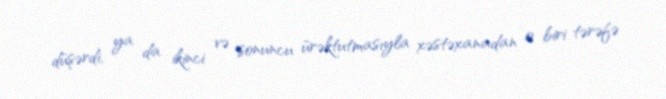
düşərdi, ya da ikinci və sonuncu ürəktutmasıyla xəstəxanadan o biri tərəfə